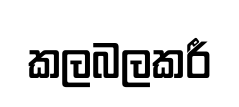
කලබලකරී